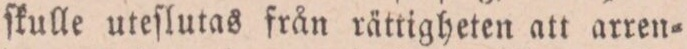
ſkulle uteſlutas från rättigheten att arren=